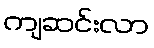
ကျဆင်းလာ